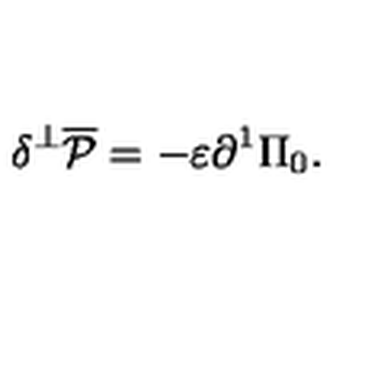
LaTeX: \delta ^ { \bot } \overline { { \cal P } } = - \varepsilon { \partial ^ { 1 } } \Pi _ { 0 } .